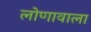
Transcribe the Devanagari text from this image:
लोणावाला